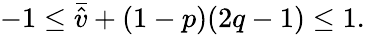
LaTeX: -1\leq\bar{\hat{v}}+(1-p)(2q-1)\leq 1.